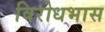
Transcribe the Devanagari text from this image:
विरोधभास